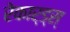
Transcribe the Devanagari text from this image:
रेकार्ड्स्